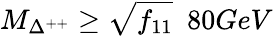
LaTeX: M_{\Delta^{++}}\geq\sqrt{f_{11}}~~80GeV